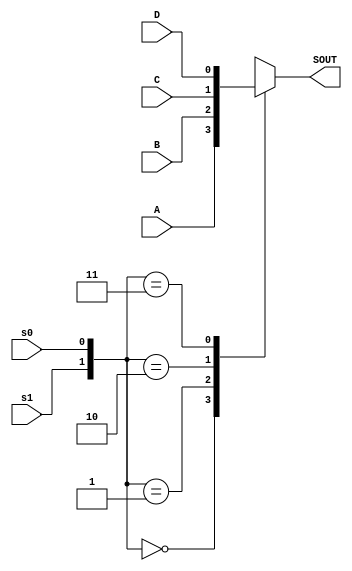
`timescale 1ns / 1ps
//////////////////////////////////////////////////////////////////////////////////
// Company: 
// Engineer: 
// 
// Design Name: 
// Module Name: MUX
// Project Name: 
// Target Devices: 
// Tool Versions: 
// Description: 
// 
// Dependencies: 
// 
// Revision:
// Revision 0.01 - File Created
// Additional Comments:
// 
//////////////////////////////////////////////////////////////////////////////////


module MUX(
    input A,B,C,D,s0,s1,
    output reg SOUT

    );
    
always@(s0 or s1 or A or B or C or D)begin
    case({s1, s0})
        2'b00: SOUT = A;
        2'b01: SOUT = B;
        2'b10: SOUT = C;
        2'b11: SOUT = D;
     endcase
     end
endmodule